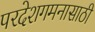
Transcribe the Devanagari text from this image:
परदेशगमनासाठी